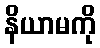
နိယာမကို